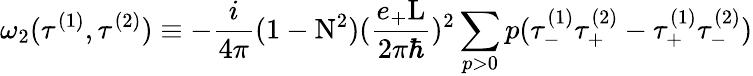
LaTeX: {\omega}_{2}({\tau}^{(1)},{\tau}^{(2)})\equiv-\frac{i}{4\pi}(1-\mathrm{N}^{2})(\frac{e_{+}\mathrm{L}}{2{\pi}{\hbar}})^{2}\sum_{p>0}p({\tau}_{-}^{(1)}{\tau}_{+}^{(2)}-{\tau}_{+}^{(1)}{\tau}_{-}^{(2)})